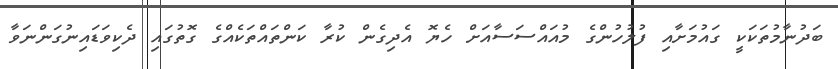
ބަދުނާމުތަކަކީ ގައުމަށާއި ފުލުހުންގެ މުއައްސަސާއަށް ހެޔޮ އެދިގެން ކުރާ ކަންތައްތަކެއްގެ ގޮތުގައި ދެކިވަޑައިނުގަންނަވާ